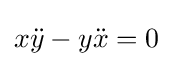
x{\ddot {y}}-y{\ddot {x}}=0